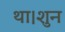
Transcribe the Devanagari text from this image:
था।शुन